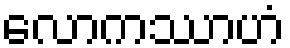
လောကဿာဟံ